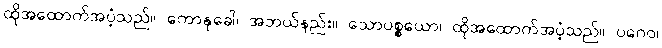
ထိုအထောက်အပံ့သည်။ ကောနုခေါ၊ အဘယ်နည်း။ သောပစ္စယော၊ ထိုအထောက်အပံ့သည်။ ပဂေဝ၊